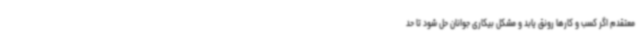
معتقدم اگر کسب و کارها رونق یابد و مشکل بیکاری جوانان حل شود تا حد